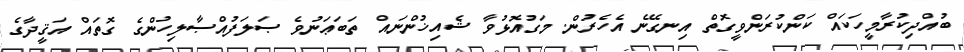
ބުއްދިކުރާމީހަކައް ކަންކުރަންވީގޮތް އިނގޭނެ އެހެރުން. މަގުއޮޅުވާ ޝެއިޚުންނައް ތަބަޢަނުވެ ޞަލަފުއްޞާލިހުންގެ ގޮތައް އަޤީދާގެ